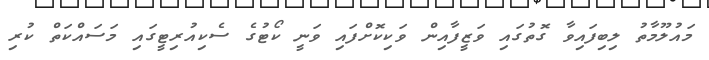
މައުލޫމާތު ލިބިފައިވާ ގޮތުގައި ވަޒީފާއިން ވަކިކޮށްފައި ވަނީ ކޯޓުގެ ސެކިއުރިޓީގައި މަސައްކަތް ކުރި